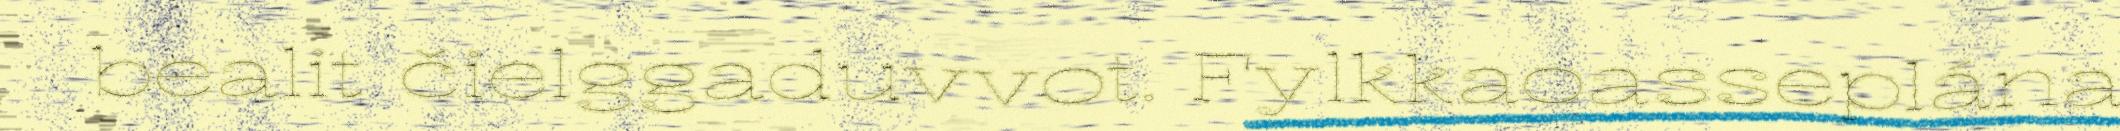
bealit čielggaduvvot. Fylkkaoasseplána